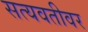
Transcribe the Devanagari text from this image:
सत्यवतीवर